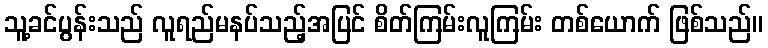
သူ့ခင်ပွန်းသည် လူရည်မနပ်သည့်အပြင် စိတ်ကြမ်းလူကြမ်း တစ်ယောက် ဖြစ်သည်။